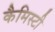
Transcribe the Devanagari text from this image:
कैमिस्टी